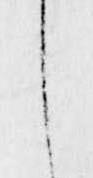
し